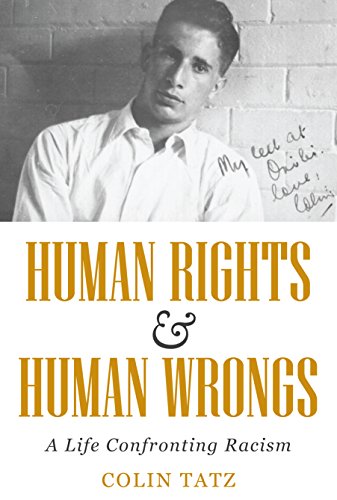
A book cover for Human Rights & Human Wrongs: A Life Confronting Racism (Biography); Colin Tatz; Religion & Spirituality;